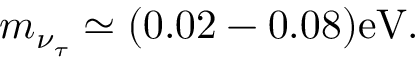
m _ { \nu _ { \tau } } \simeq ( 0 . 0 2 - 0 . 0 8 ) \mathrm { e V } .